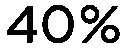
40%